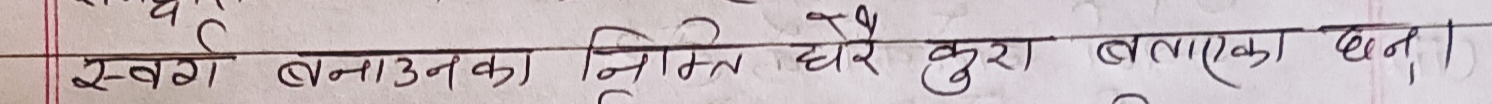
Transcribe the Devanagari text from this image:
स्वर्ग बनाउनका निम्ति धेरै कुरा बनाएका छन्।